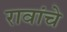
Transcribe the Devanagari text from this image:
रावांचे